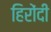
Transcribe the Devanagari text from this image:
हिरोंदी